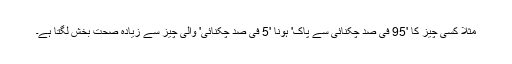
مثلاً کسی چیز کا '95 فی صد چکنائی سے پاک' ہونا '5 فی صد چکنائی' والی چیز سے زیادہ صحت بخش لگتا ہے۔